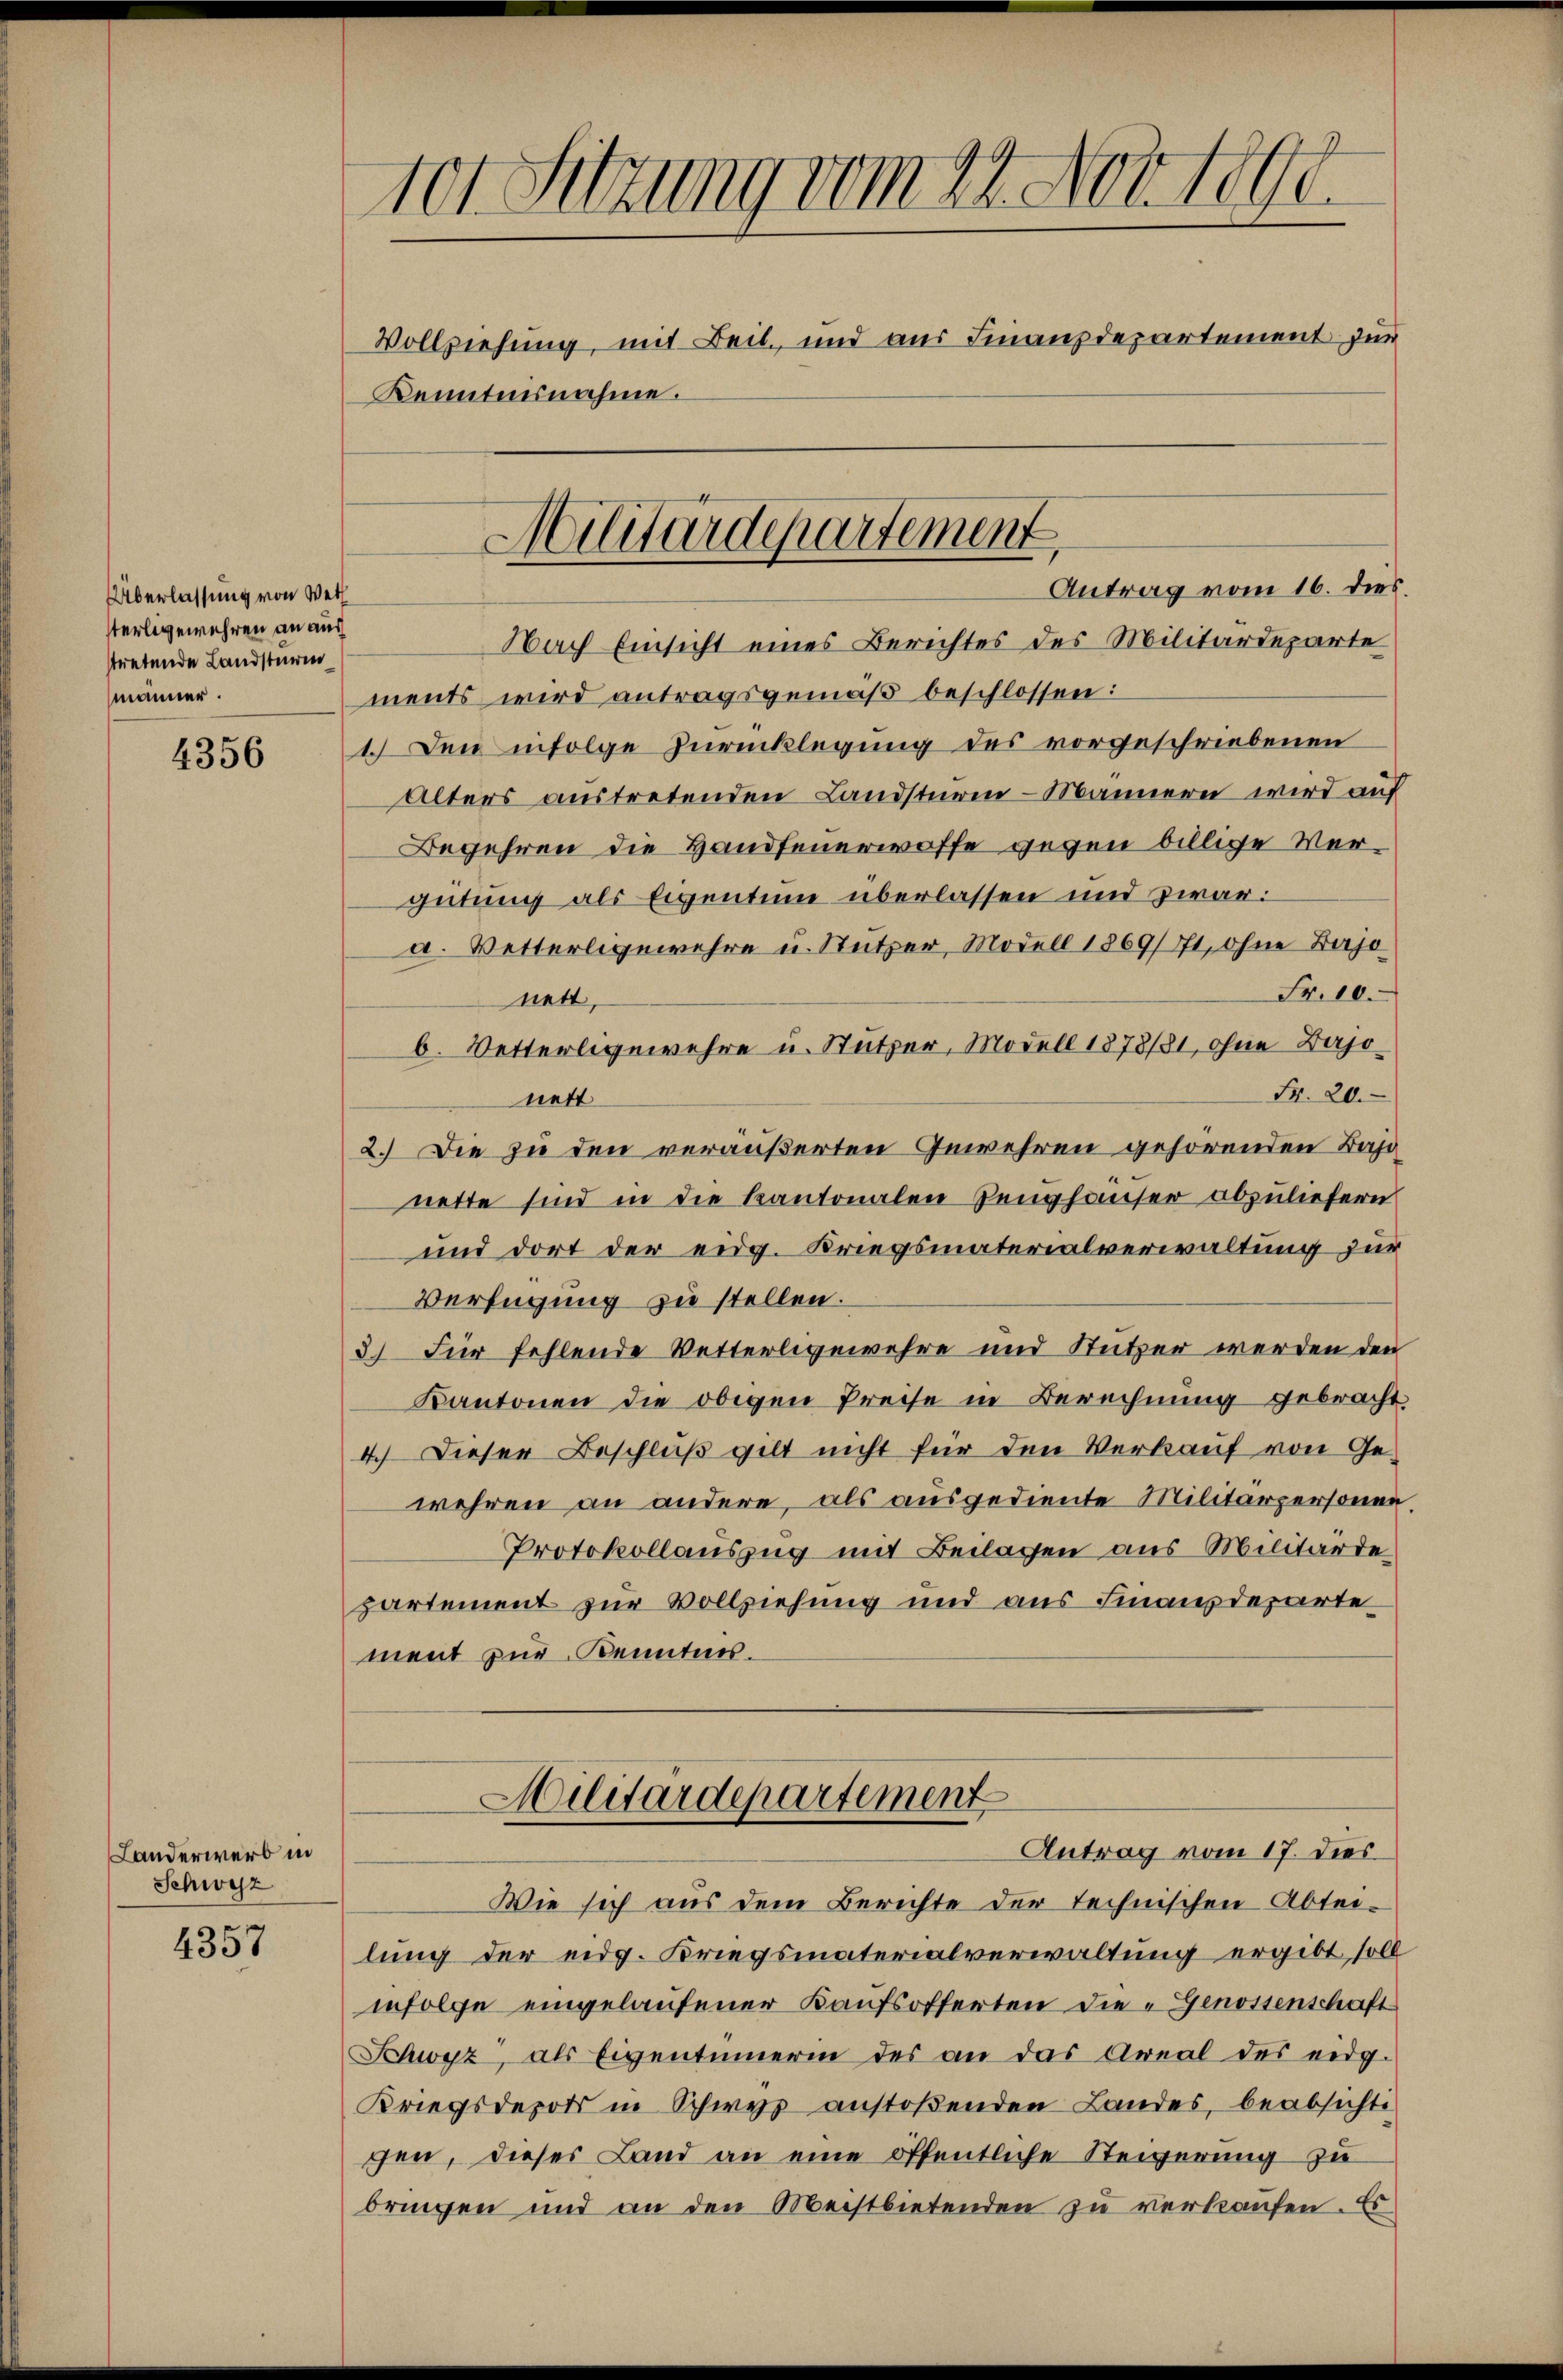
Überlassung von Wet
sterlegewehren an aus
stretende Landsturm
männer.

4356

Landerwerb in
Schwyz

4357

Nach Einsicht eines Berichtes des Militärdeparte
ments wird antragsgemäß beschlossen:
1. Den infolge Zurücklegung des vorgeschriebenen
Alters austretenden Landstüren - Männern wird auf
Begehren die Handfeuerwoffe gegen billige Vergütung als Eigentum überlassen und zwar:
a. Wetterligewehre u. Stutzer, Modell 1869/771, ohne Bajo
Fr. 10.
nett,
b. Vetterligewehre u. Stutzer, Modell 1878/81, ohne Bajo¬
Fr. 20.
nett
2.) Die zu den veräußerten Gewehren gehörenden Base
nette sind in die kantonalen Zeughauser abzuliefern
und dort der eidg. Kriegsmaterialverwaltung zur
Verfügung zu stellen.
3.) Für fehlende Wetterligewehre und Stutzer werden den
Kantonen die obigen Preise in Berechnung gebracht
4.) Dieser Beschluß gilt nicht für den Verkauf von Ge-
wehren an andere, als ausgediente Militärpersonen.
Protokollauszug mit Beilagen aus Militärde
partement zur Vollziehung und aus Finanzdeparte
ment zur Kenntnis.

101 Sitzung vom 22. Nov. 1890.
Vollziehung, mit Beil, und aus Finanzdepartement zur
Kenntnisnahme.

Militärdepartement
Antrag vom 16. dies.

Militärdepartement
Antrag vom 17. dies

Wie sich aus dem Berichte der technischen Abteilung der eidg. Kriegsmaterialverwaltung ergibt soll
infolge eingelaufener Kaufsofferten die Genossenschaft
Schwyz, als Eigentümerin des an das Areal des eidg.
Kriegsdepots in Schwyz anstoßenden Landes, beabsichte
gen, dieses Land an eine öffentliche Steigerung zu
bringen und an den Meistbietenden zu verkaufen. Es